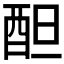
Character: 𨠚